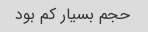
حجم بسیار کم بود